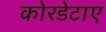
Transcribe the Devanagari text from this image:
कोरडेटाए